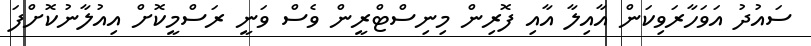
ސައުދު އަވަހާރަވިކަން އާއިލާ އާއި ފޮރިން މިނިސްޓްރީން ވެސް ވަނީ ރަސްމީކޮށް އިއުލާނުކޮށްފަ